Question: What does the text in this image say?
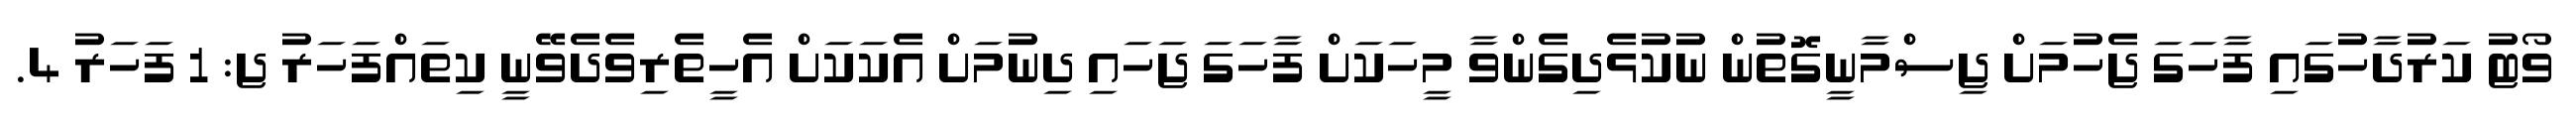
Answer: ވޯޓު ކަރުދާހުގައި ފާހަގަ ޖެހުމަށް ޖިސްމާނީގޮތުން ނުކުޅެދިގެންވާ މީހަކަށް ފާހަގަ ޖަހައި ދިނުމަށް އެކަކަށް އެހީތެރިވެދެވޭނީ ކިތައްފަހަރު ޖ: 1 ފަހަރު 4.